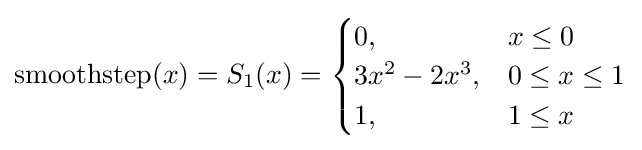
\operatorname {smoothstep} (x)=S_{1}(x)={\begin{cases}0,&x\leq 0\\3x^{2}-2x^{3},&0\leq x\leq 1\\1,&1\leq x\\\end{cases}}